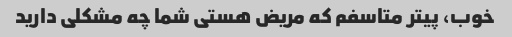
خوب، پیتر متاسفم که مریض هستی شما چه مشکلی دارید